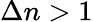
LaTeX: \Delta n>1